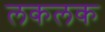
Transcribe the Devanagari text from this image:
लकलक